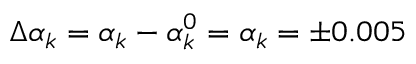
\Delta { \alpha } _ { k } = { \alpha } _ { k } - { \alpha } _ { k } ^ { 0 } = { \alpha } _ { k } = \pm 0 . 0 0 5